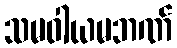
သမဝါယမဘဏ်